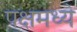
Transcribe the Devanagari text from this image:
पक्षमध्ये